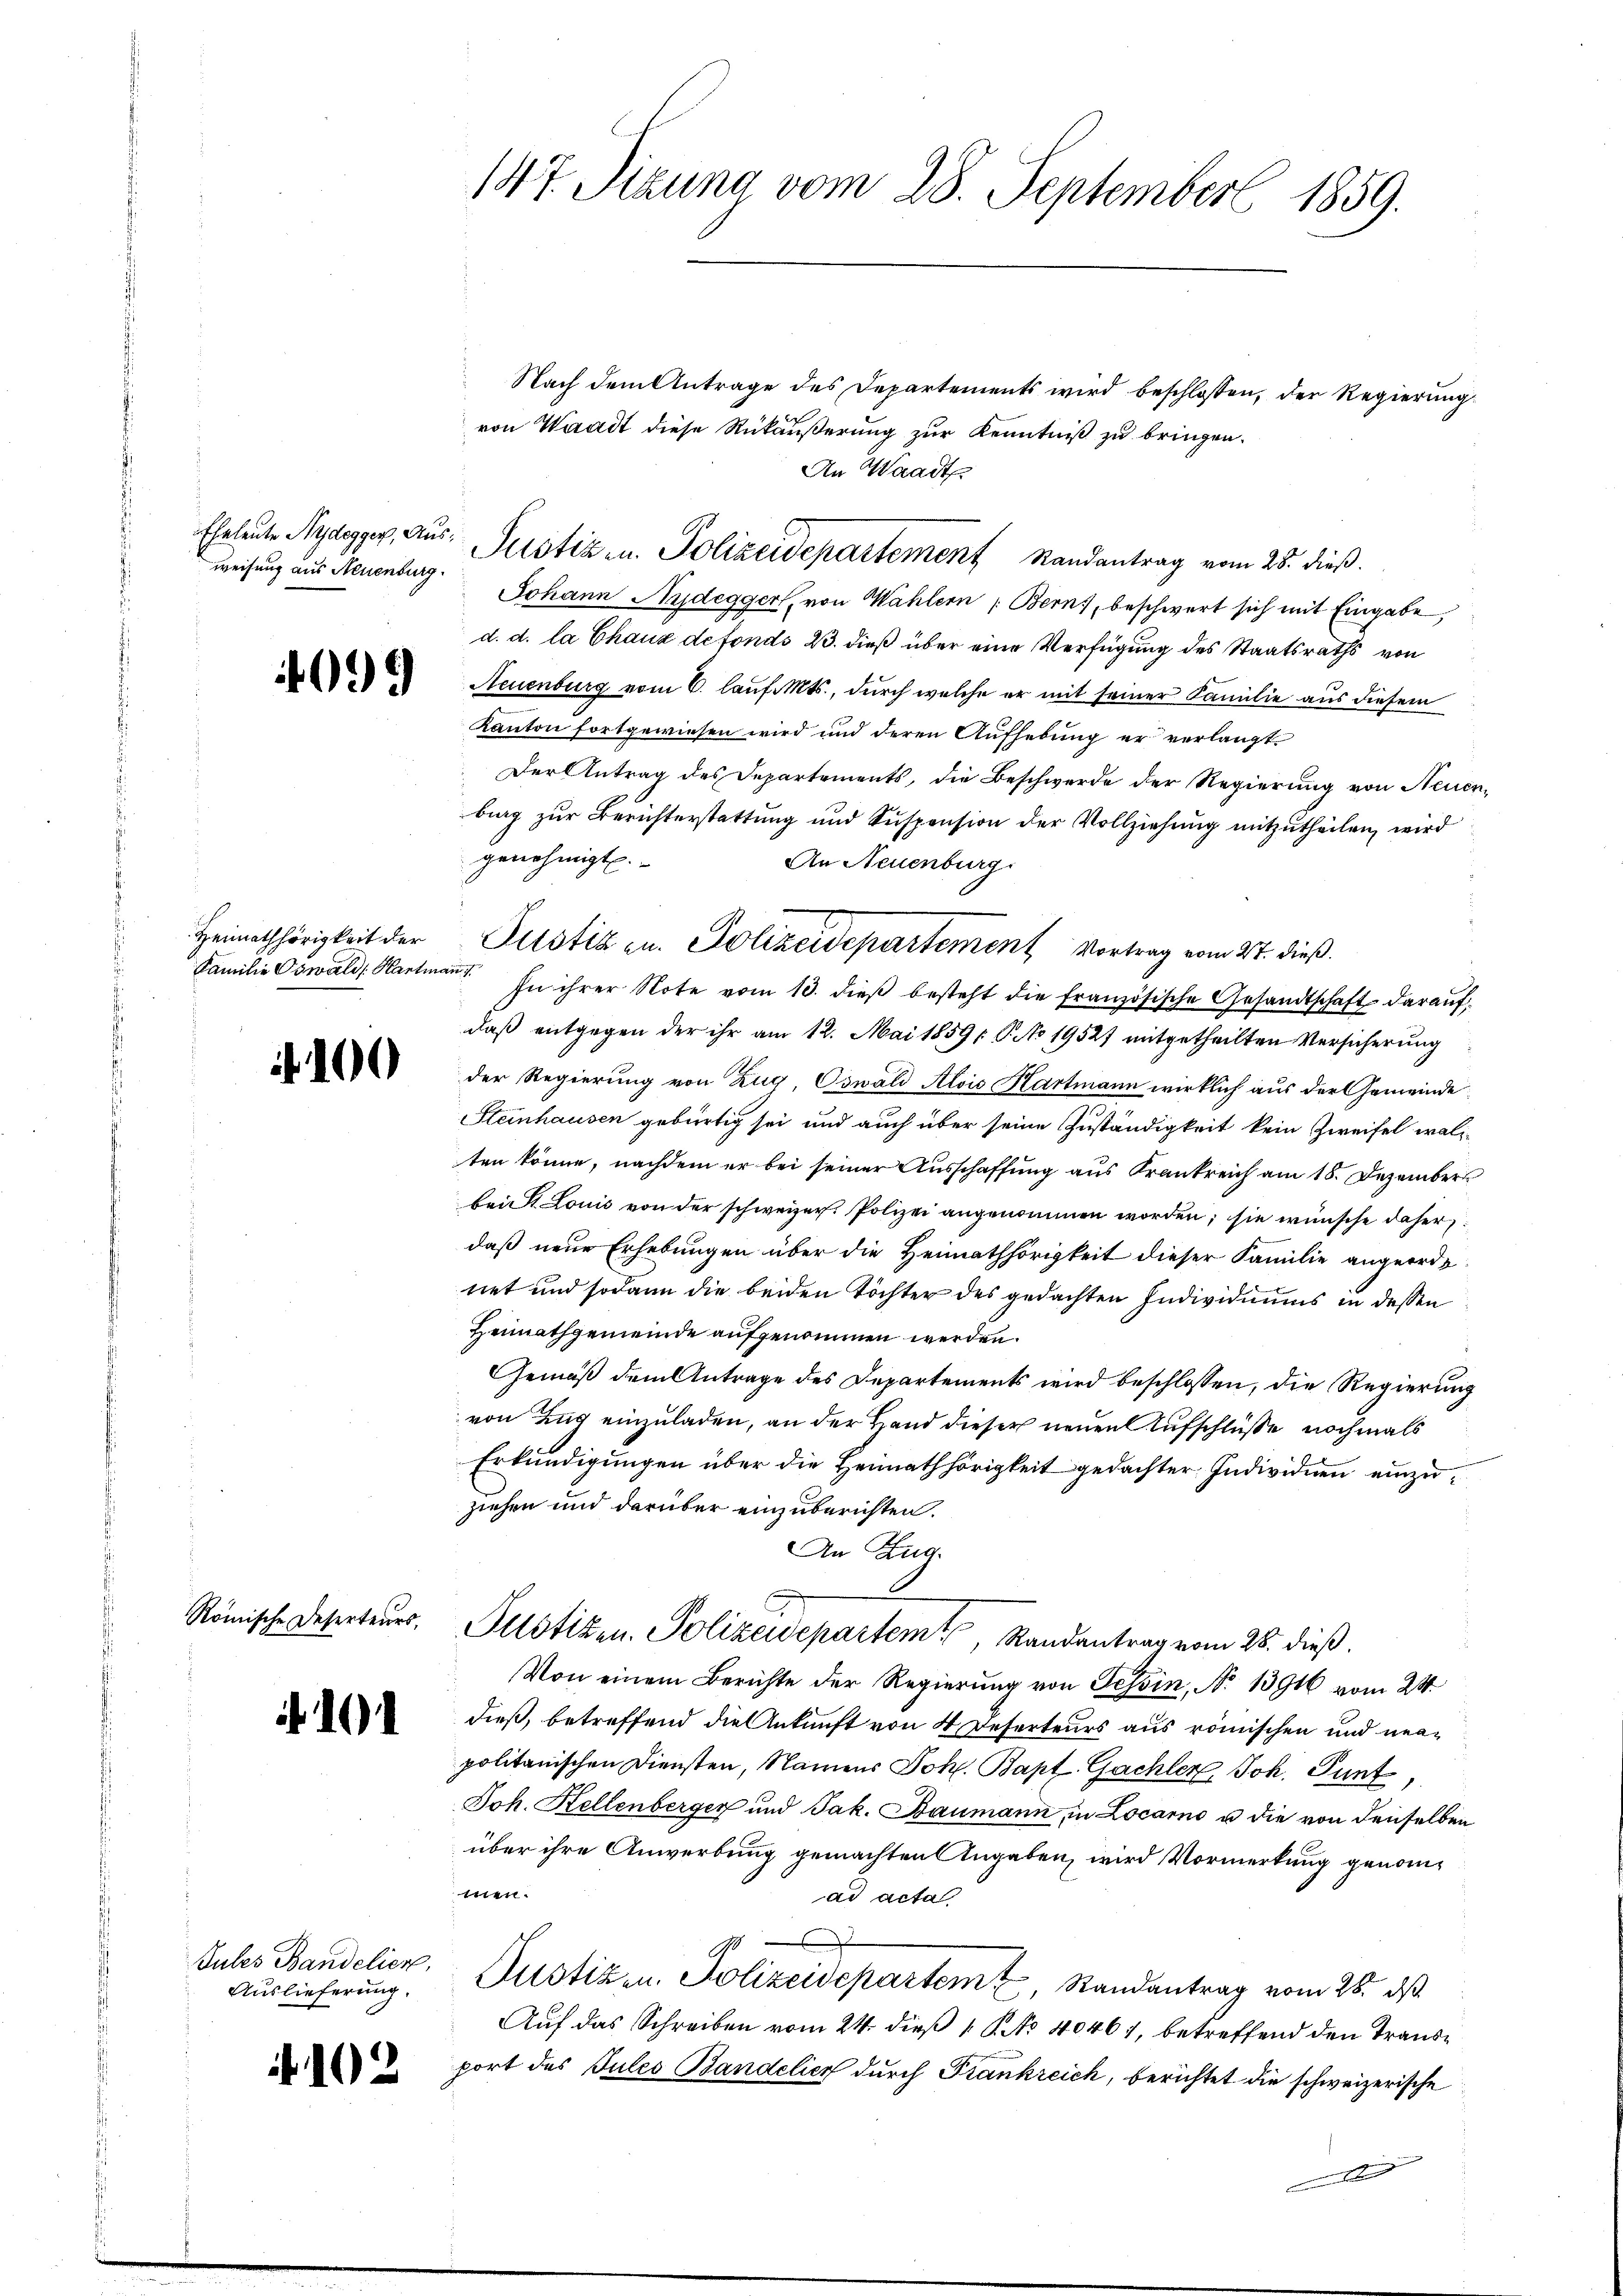
weisung aus Neuenburg.

4099

Heimathörigkeit der
Familie Oswald Karten

100

11

Jules Bandelier,
Auslieferung.

i

2

147. Sizung vom 28. September 1859.

Nach dem Antrage des Departements wird beschlossen, der Regierung
von Waadt diese Rükäußerung zur Kenntniß zu bringen.
An Waadt
Johann Audegger, von Wahlern : Bern, beschwert sich mit Eingabe,
d. d. la Chaux de fonds 23. dieß über eine Verfügung des Staatsraths von
Neuenburg vom 6. laufikts., durch welche er mit seiner Familie aus diesem
Kanton fortgewiesen wird und deren Aufhebung er verlangt.
Der Antrag des Departements, die Beschwerde der Regierung von Neuen-
burg zur Berichterstattung und Suspension der Vollziehung mitzutheilen, wird
genehmigt.
An Neuenburg
 In ihrer Note vom 13. dieβ besteht die französische Gesandtschaft darauf
daß entgegen der ihr am 12. Mai 1859 / P. No 19527 mitgetheilten Versicherung
der Regierung von Zug, Oswald Alois Hartmann wirklich aus der Gemeinde
Steinhausen gebürtig sei und auch über seine Zuständigkeit kein Zweifel wal
ten könne, nachdem er bei seiner Ausschaffung aus Krankreich am 18. Dezember
bei Louis von der schweizer Polizei angenommen worden; sie wünsche daher
daß neue Erhebungen über die Heimathörigkeit dieser Familie angeorde
net und sodann die beiden Töchter des gedachten Individiums in dessen
Heimathgemeinde aufgenommen werden.
Gemäß dem Antrage des Departements wird beschlossen, die Regierung
von Zug einzuladen, an der Hand dieser neuen Aufschlüße nochmals
Erkundigungen über die Heimathörigkeit gedachter Individuen einzuziehen und darüber einzuberichten.
An Zug.
Römische Deserteurs, Justizen. Polizeidepartem Randantrag vom 28. dieß.
Von einem Berichte der Regierung von Tessin, No 13916 vom 24.
dieß, betreffend die Ankunft von 4 Referteurs aus römischen und neupolitanischen Diensten, Namens Joh. Bapt. Gachler, Joh. Gunt
Joh. Kellenberger und Jak. Baumann, in Locarno u. die von denselben
über ihre Anwerbung gemachten Angaben, wird Vormerkung genomn
ad acta
Justizen Polizeidepartem Randantrag vom 28. ds.
Auf das Schreiben vom 24. dieß 1 No 40461, betreffend den Transport des Pules Bandelicz durch Frankreich, berichtet die schweizerische
x

Eheleute Nydegger, aŭs: Justiz u. Polizeidepartement Randantrag vom 25. dieß.

Justiz zu. Polizeidepartement Vortrag vom 27. dieß.